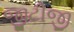
જીટીજી